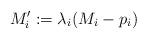
LaTeX: \begin{align*} M_i':= \lambda_i (M_i - p_i)\end{align*}